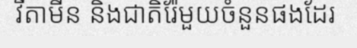
វីតាមីន និងជាតិរ៉ែមួយចំនួនផងដែរ